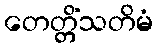
တေတ္တိံသတိမံ